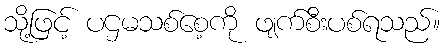
သို့ဖြင့် ပဌမသစ်စေ့ကို ဖျက်စီးပစ်ရသည်။